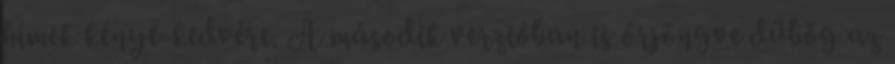
hímek kénye-kedvére. A második verzióban is őrjöngve dübög az